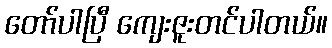
တော်ပါပြီ ကျေးဇူးတင်ပါတယ်။